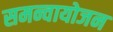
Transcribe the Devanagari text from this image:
समन्वायोजन